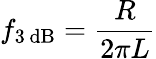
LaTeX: f_{\mathrm{3\, dB}}={\frac{R}{2\pi L}}